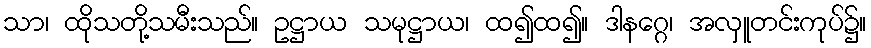
သာ၊ ထိုသတို့သမီးသည်။ ဥဋ္ဌာယ သမုဋ္ဌာယ၊ ထ၍ထ၍။ ဒါနဂ္ဂေ၊ အလှူတင်းကုပ်၌။